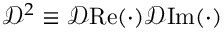
\mathscr { D } ^ { 2 } \equiv \mathscr { D } \mathrm { R e } ( \cdot ) \mathscr { D } \mathrm { I m } ( \cdot )